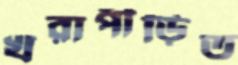
খরাপীড়িত